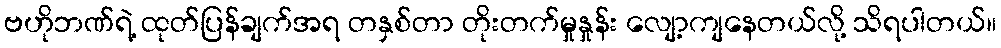
ဗဟိုဘဏ်ရဲ့ ထုတ်ပြန်ချက်အရ တနှစ်တာ တိုးတက်မှုနှုန်း လျော့ကျနေတယ်လို့ သိရပါတယ်။